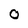
Character: O